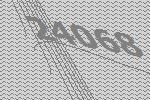
24068